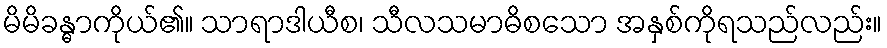
မိမိခန္ဓာကိုယ်၏။ သာရာဒါယီစ၊ သီလသမာဓိစသော အနှစ်ကိုရသည်လည်း။